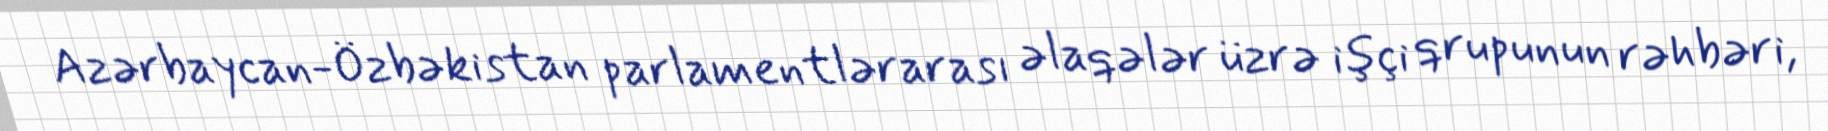
Azərbaycan-Özbəkistan parlamentlərarası əlaqələr üzrə işçi qrupunun rəhbəri,